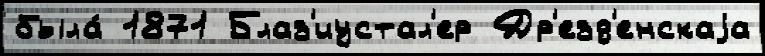
была́ 1871 Блаз'иустал'ер Др'езд'енскаjа